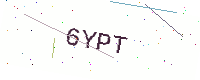
Text: 6YPT